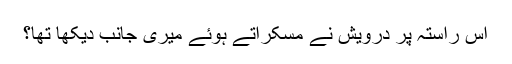
اِس راستہ پر درویش نے مسکراتے ہوئے میری جانب دیکھا تھا؟